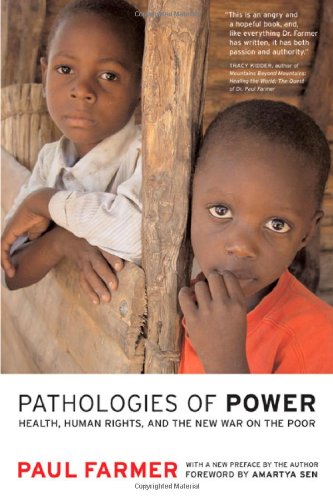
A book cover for Pathologies of Power: Health, Human Rights, and the New War on the Poor (California Series in Public Anthropology); Paul Farmer; Medical Books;